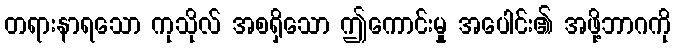
တရားနာရသော ကုသိုလ် အစရှိသော ဤကောင်းမှု အပေါင်း၏ အဖို့ဘာဂကို